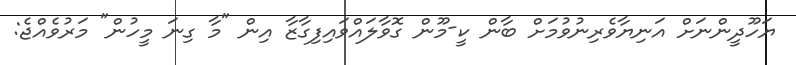
ޔަހޫދީންނަށް އަނިޔާވެރިނުވުމަށް ބާން ކީ-މޫން ގޮވާލައްވައިފިގާޒާ އިން "މާ ގިނަ މީހުން" މަރުވެއްޖެ: